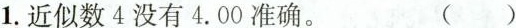
1.近似数4没有4.00准确。 ()